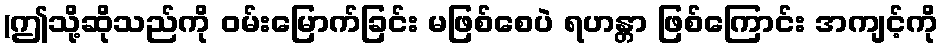
(ဤသို့ဆိုသည်ကို ဝမ်းမြောက်ခြင်း မဖြစ်စေပဲ ရဟန္တာ ဖြစ်ကြောင်း အကျင့်ကို